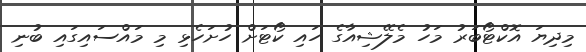
މިދިޔަ އޮކްޓޯބަރު މަހު މެލޭޝިއާގެ ހައި ކޯޓަށް ހުށަހެޅި މި މައްސައިގައި ބުނި